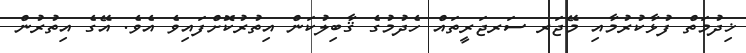
ޚިދުމަތް ފުޅާކުރުމާއި މޭޖަރ ސަރޖަރީތައް ހެދުމުގެ ޤާބިލުކަން އިތުރުކޮށްފައިވެ އެވެ. އޭގެ އިތުރުން